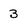
Character: 3